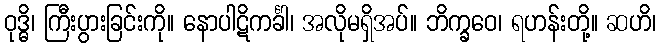
ဝုဒ္ဓိ၊ ကြီးပွားခြင်းကို။ နောပါဋိကင်္ခါ၊ အလိုမရှိအပ်။ ဘိက္ခဝေ၊ ရဟန်းတို့။ ဆဟိ၊